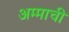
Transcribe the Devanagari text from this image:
अम्माची